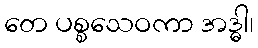
တေ ပစ္စသေဝကာ အဒ္ဓါ၊